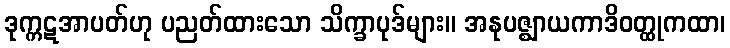
ဒုက္ကဋအာပတ်ဟု ပညတ်ထားသော သိက္ခာပုဒ်များ။ အနုပဇ္ဈာယကာဒိဝတ္ထုကထာ၊